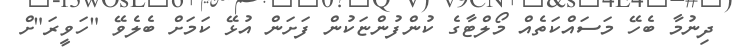
ދިނުމާ ބެހޭ މަސައްކަތެއް މޯލްޓާގެ ކުންފުންޏަކުން ފަށަން އުޅޭ ކަމަށް ބެލެވޭ "ހަވީރަ"ށް